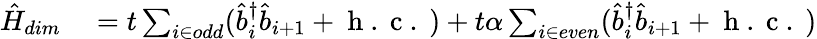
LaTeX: \begin{array}{rl}{\hat{H}_{dim}}&{{}=t\sum_{i\in odd}(\hat{b}_{i}^{\dagger}\hat{b}_{i+1}+\mathrm{~h~.~c~.~})+t\alpha\sum_{i\in even}(\hat{b}_{i}^{\dagger}\hat{b}_{i+1}+\mathrm{~h~.~c~.~})}\end{array}